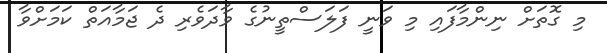
މި ގޮތަށް ނިންމާފައި މި ވަނީ ފަލަސްތީނުގެ ވާދަވެރި ދެ ޖަމާއަތް ކަމަށްވާ